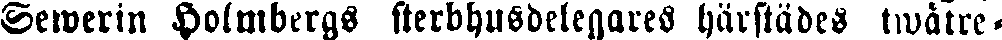
Sewerin Holmbergs sterbhusdelgares härstädcS twåtre-